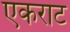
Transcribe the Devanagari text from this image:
एकराट